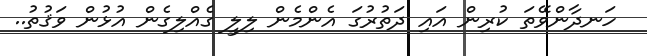
ހަނދާންވޭތަ ކުރިން އައި ދަތުރުގަ އެންމެން ލިލީ ގެއްލިގެން އުޅުން ވަޤުތު..